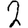
Digit: 2